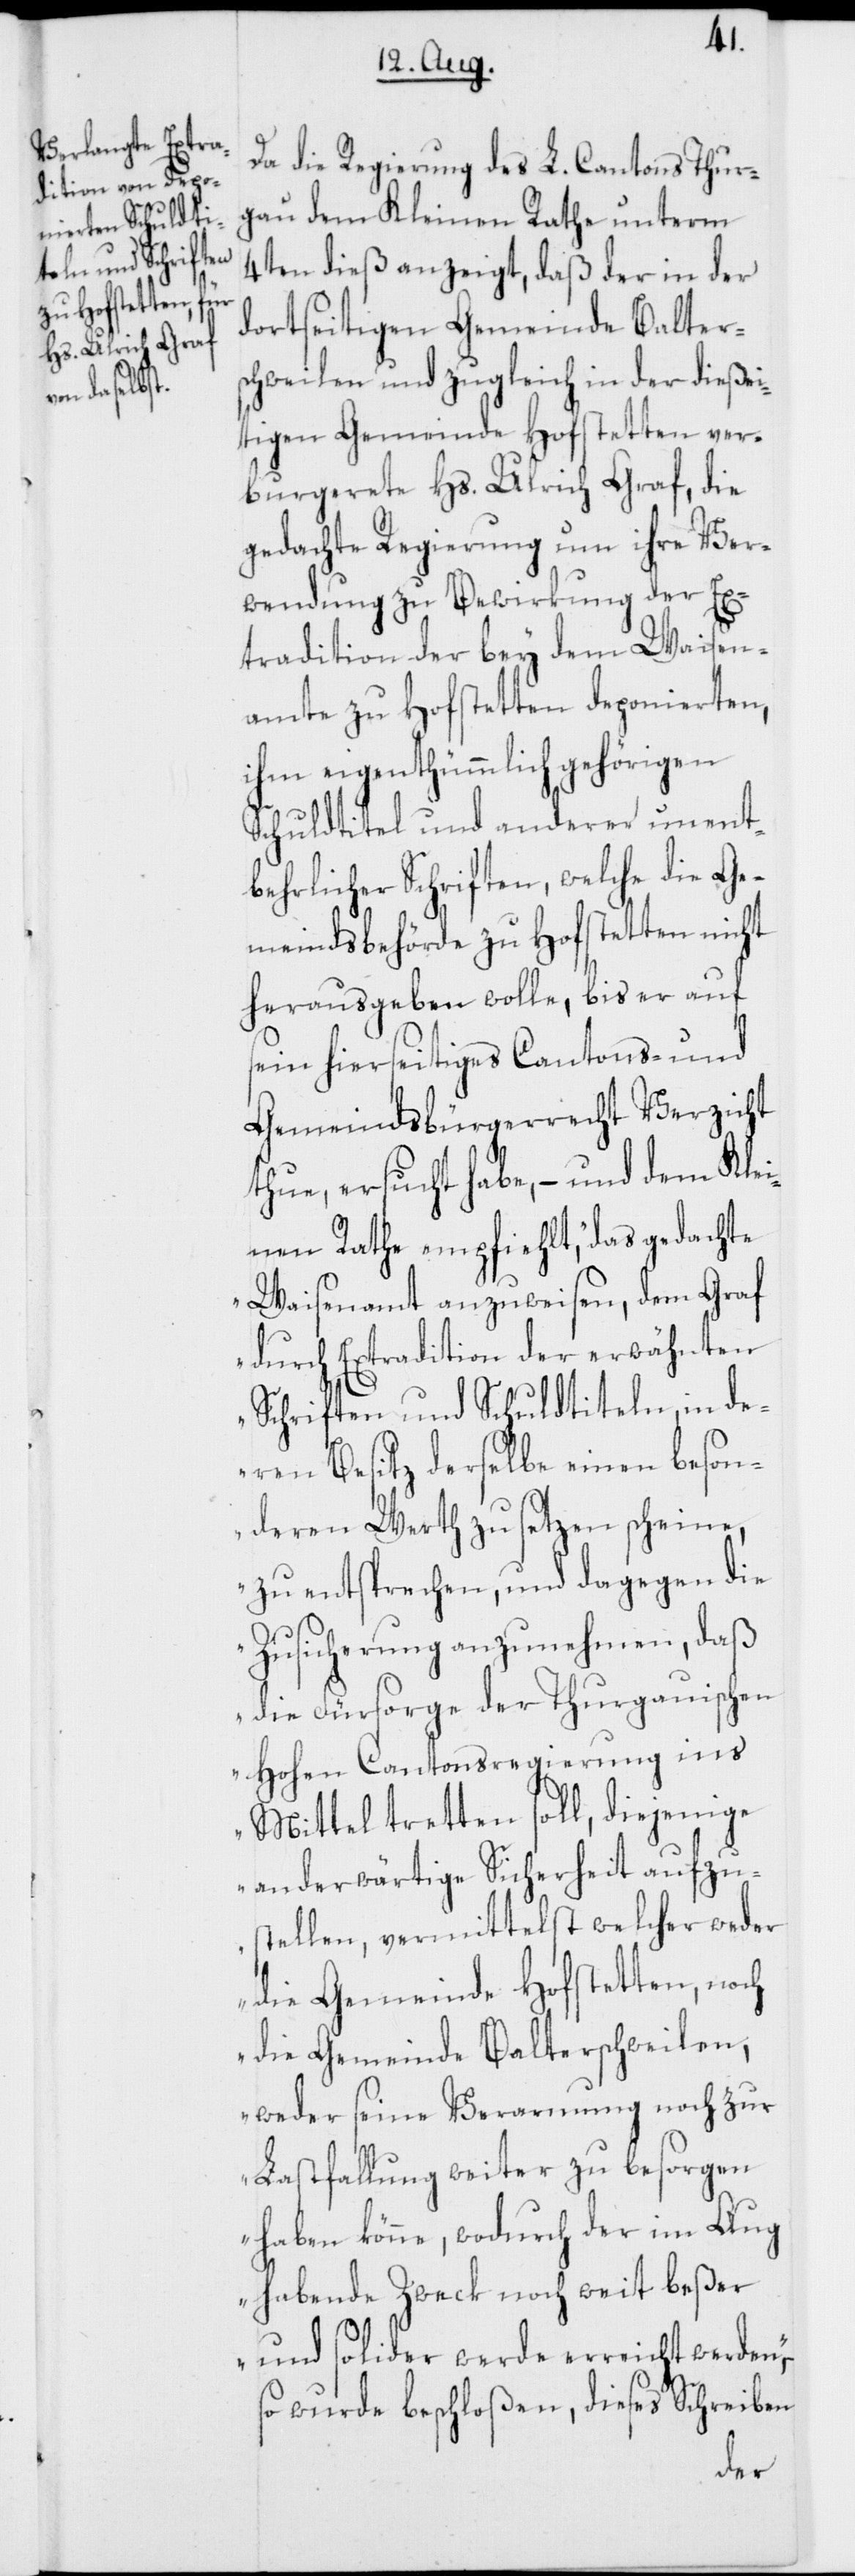
Da die Regierung des L. Cantons Thur¬
gau dem Kleinen Rathe unterm
4ten dieß anzeigt, daß der in der
dortseitigen Gemeinde Balters¬
chweilen und zugleich in der dießei¬
tigen Gemeinde Hofstetten ver¬
burgerete Hs. Ulrich Graf, die
gedachte Regierung um ihre Ver¬
wendung zu Bewirkung der E¬
xtradition der bey dem Waisen¬
amte zu Hofstetten deponierten,
ihm eigenthümmlich gehörigen
Schuldtitel und anderer unent¬
behrlicher Schriften, welche die Ge¬
meindsbehörde zu Hofstetten nicht
herausgeben wolle, bis er auf
sein hierseitiges Cantons- und
Gemeindsbürgerrecht Verzicht
thue, ersucht habe, – und dem Klei¬
nen Rathe empfiehlt, „das gedachte
Waisenamt anzuweisen, dem Graf
durch Extradition der erwähnten
Schriften und Schuldtiteln in de¬
ren Besitz derselbe einen beson¬
deren Werth zu setzen scheine,
zu entsprechen, und dagegen die
Zusicherung anzunehmen, daß
die Fürsorge der Thurgauischen
Hohen Cantonsregierung ins
Mittel tretten soll, diejenige
anderwärtige Sicherheit aufzu¬
stellen, vermittelst welcher weder
die Gemeinde Hofstetten, noch
die Gemeinde Balterschweilen,
weder seine Verarmung noch zur
Lastfallung weiter zu besorgen
haben könne, wodurch der im Aug
habende Zweck noch weit beßer
und solider werde erreicht werden“,
so wurde beschloßen, dieses Schreiben